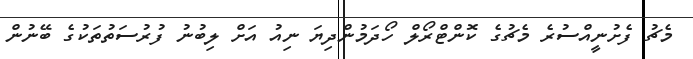
މެޗު ފެށުނީއްސުރެ މެޗުގެ ކޮންޓްރޯލް ހޯދަމުންދިޔަ ނިއު އަށް ލިބުނު ފުރުސަތުތަކުގެ ބޭނުން